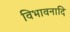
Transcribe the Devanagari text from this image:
विभावनादि